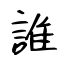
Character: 誰